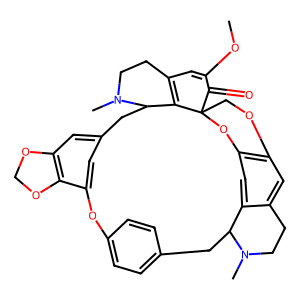
SMILES: COC1=CC2=C3C(Cc4cc5c(c(c4)Oc4ccc(cc4)CC4c6cc7c(cc6CCN4C)OCC3(O7)C1=O)OCO5)N(C)CC2
Inhibits HIV replication: No